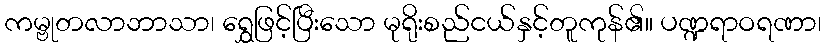
ကမ္ဗုတလာဘာသာ၊ ရွှေဖြင့်ပြီးသော မုရိုးစည်ငယ်နှင့်တူကုန်၏။ ပဏ္ဍရာဝရဏာ၊